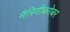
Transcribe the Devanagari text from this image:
मैत्रिणीबरोबर